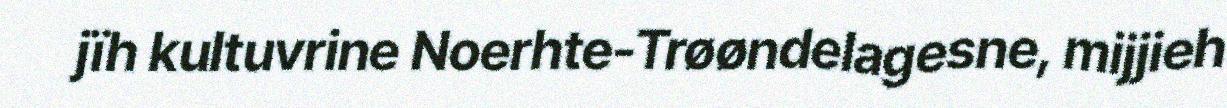
jïh kultuvrine Noerhte-Trøøndelagesne, mijjieh